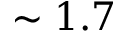
\sim 1 . 7